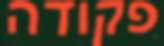
פקודה